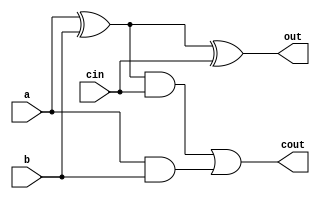
/*
 * Antonio Aguilar
 * Sumador completo de 1 bit
*/

module sum1b(input a, b, cin, output cout, out);
	assign out = (a ^ b) ^ cin;
	assign cout = ((a ^ b) & cin) | (a & b);
endmodule